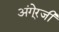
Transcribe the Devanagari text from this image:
अंगे्रजी